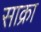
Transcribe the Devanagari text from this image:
साक्रा